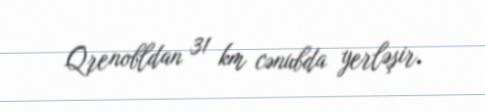
Qrenobldan 31 km cənubda yerləşir.